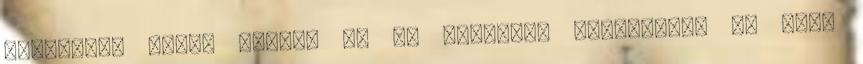
elnöksége alatt lépett be az Egyesült Államokba. És hogy